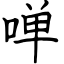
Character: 啴